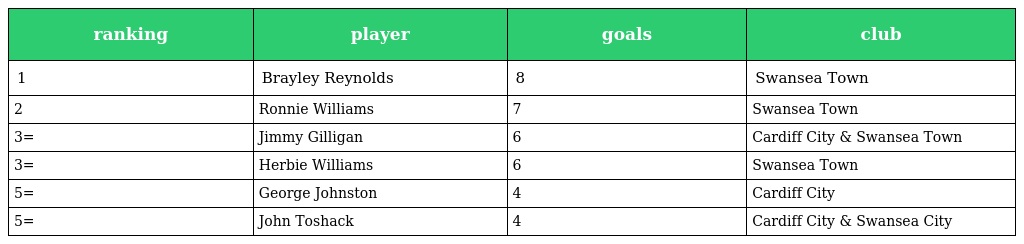
| ranking | player | goals | club |
 | --- | --- | --- | --- |
 | 1 | Brayley Reynolds | 8 | Swansea Town |
 | 2 | Ronnie Williams | 7 | Swansea Town |
 | 3= | Jimmy Gilligan | 6 | Cardiff City & Swansea Town |
 | 3= | Herbie Williams | 6 | Swansea Town |
 | 5= | George Johnston | 4 | Cardiff City |
 | 5= | John Toshack | 4 | Cardiff City & Swansea City |